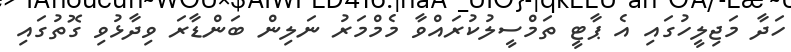
ހަދާ މަޖިލީހުގައި އެ ޕާޓީ ތަމްސީލުކުރައްވާ މެމްމަރު ނަލިން ބަންޑާރަ ވިދާޅުވި ގޮތުގައި